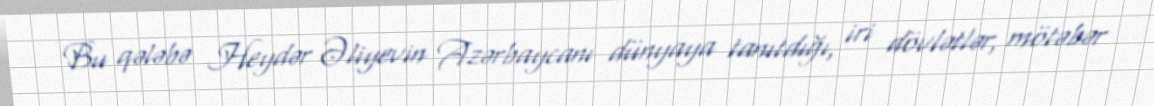
Bu qələbə Heydər Əliyevin Azərbaycanı dünyaya tanıtdığı, iri dövlətlər, mötəbər